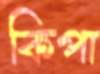
কিপা